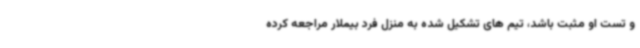
و تست او مثبت باشد، تیم های تشکیل شده به منزل فرد بیملار مراجعه کرده